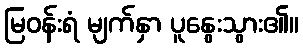
မြဝန်းရံ မျက်နှာ ပူနွေးသွား၏။